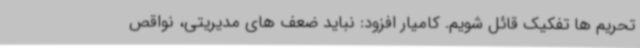
تحریم ها تفکیک قائل شویم. کامیار افزود: نباید ضعف های مدیریتی، نواقص